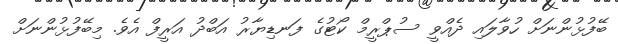
ބޭފުޅުންނަށް ހުވާލައި ދެއްވީ ސުޕްރީމް ކޯޓުގެ ފަނޑިޔާރު އަބްދު އަރީފް އެވެ. މިބޭފުޅުންނަށް